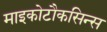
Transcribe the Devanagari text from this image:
माइकोटौकसिन्स